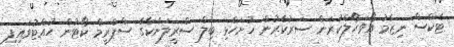
ޓެކްސް ނިޒާމު އޯވަހޯލްކުރަން ސަރުކާރުން ހުށަހެޅި ބިލް ސްރީލަންކާގެ ސްޕްރީމް ކޯޓުން ހުއްޓުވައިފި